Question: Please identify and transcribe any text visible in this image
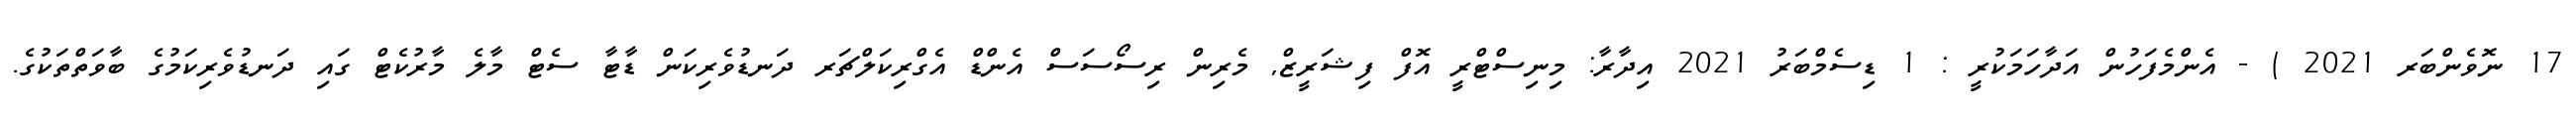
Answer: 17 ނޮވެންބަރ 2021 ) - އެންމެފަހުން އަދާހަމަކުރީ : 1 ޑިސެމްބަރު 2021 އިދާރާ: މިނިސްޓްރީ އޮފް ފިޝަރީޒް, މެރިން ރިސޯސަސް އެންޑް އެގްރިކަލްޗަރ ދަނޑުވެރިކަން ޑާޓާ ސެޓް މާލެ މާރުކެޓް ގައި ދަނޑުވެރިކަމުގެ ބާވަތްތަކުގެ.